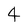
Character: 4